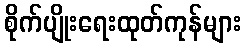
စိုက်ပျိုးရေးထုတ်ကုန်များ